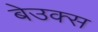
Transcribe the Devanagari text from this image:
बेउक्स